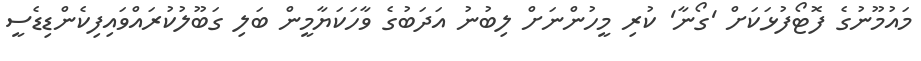
މައުމޫނުގެ ފޮޓޯފުޅަކަށް 'ގޯނާ' ކުރި މީހުންނަށް ލިބުނު އަދަބުގެ ވާހަކަޔާމީން ބަލި ގަބޫލުކުރައްވައިފިކެންޑިޑެސީ